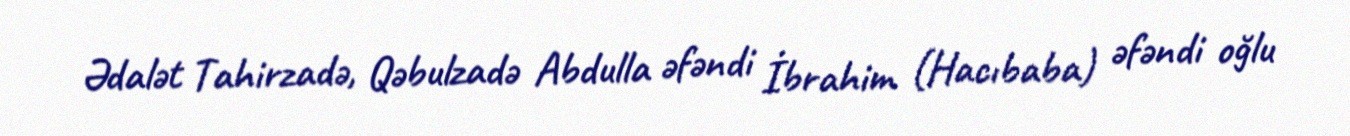
Ədalət Tahirzadə, Qəbulzadə Abdulla əfəndi İbrahim (Hacıbaba) əfəndi oğlu